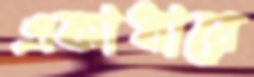
একাধারে